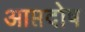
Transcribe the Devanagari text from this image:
आप्तदोष